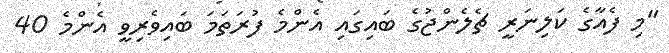
"މި ފެއާގެ ކަލިނަރީ ޗެލެންޖުގެ ބައިގައި އެންމެ ފުރަތަމަ ބައިވެރިވީ އެންމެ 40